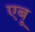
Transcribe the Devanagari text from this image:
एबू